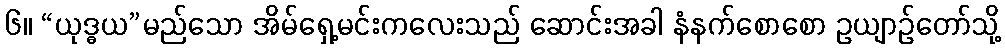
၆။ “ယုဒ္ဓယ”မည်သော အိမ်ရှေ့မင်းကလေးသည် ဆောင်းအခါ နံနက်စောစော ဥယျာဉ်တော်သို့